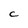
Character: C